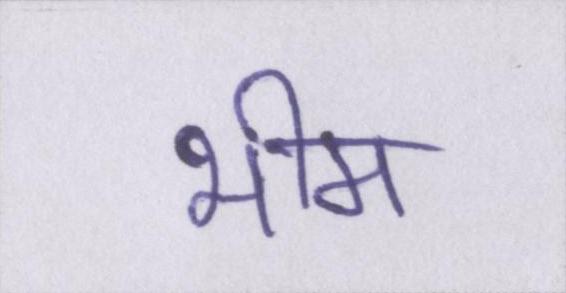
भीम